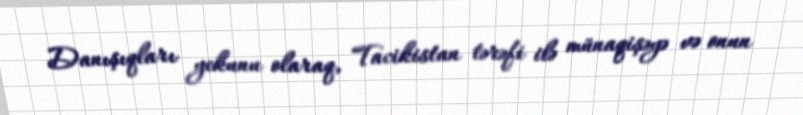
Danışıqları yekunu olaraq, Tacikistan tərəfi ilə münaqişəyə və onun